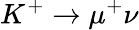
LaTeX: K^{+}\to\mu^{+}\nu